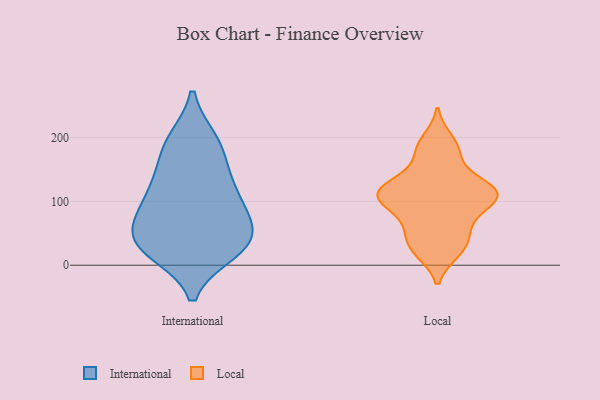
{"axis": {"x": "Demand Index", "y": "Value"}, "legend": ["International", "Local"], "data": [{"x": "", "y": 112, "type": "International"}, {"x": "", "y": 85, "type": "International"}, {"x": "", "y": 21, "type": "International"}, {"x": "", "y": 30, "type": "International"}, {"x": "", "y": 133, "type": "International"}, {"x": "", "y": 45, "type": "International"}, {"x": "", "y": 196, "type": "International"}, {"x": "", "y": 25, "type": "International"}, {"x": "", "y": 195, "type": "International"}, {"x": "", "y": 31, "type": "International"}, {"x": "", "y": 47, "type": "International"}, {"x": "", "y": 81, "type": "International"}, {"x": "", "y": 77, "type": "International"}, {"x": "", "y": 174, "type": "International"}, {"x": "", "y": 131, "type": "International"}, {"x": "", "y": 196, "type": "Local"}, {"x": "", "y": 109, "type": "Local"}, {"x": "", "y": 40, "type": "Local"}, {"x": "", "y": 97, "type": "Local"}, {"x": "", "y": 115, "type": "Local"}, {"x": "", "y": 121, "type": "Local"}, {"x": "", "y": 21, "type": "Local"}, {"x": "", "y": 107, "type": "Local"}, {"x": "", "y": 107, "type": "Local"}, {"x": "", "y": 124, "type": "Local"}, {"x": "", "y": 110, "type": "Local"}, {"x": "", "y": 173, "type": "Local"}, {"x": "", "y": 137, "type": "Local"}, {"x": "", "y": 45, "type": "Local"}, {"x": "", "y": 76, "type": "Local"}, {"x": "", "y": 181, "type": "Local"}, {"x": "", "y": 22, "type": "Local"}, {"x": "", "y": 67, "type": "Local"}]}